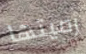
رميتها